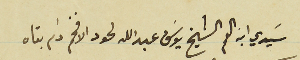
سَيدي ابن العم الشيخ يوسَف عبدالله لحود الافخم دام بقاه